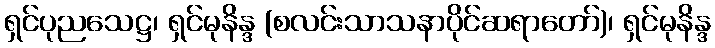
ရှင်ပုညသေဋ္ဌ၊ ရှင်မုနိန္ဒ (စလင်းသာသနာပိုင်ဆရာတော်)၊ ရှင်မုနိန္ဒ